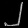
Digit: ၂